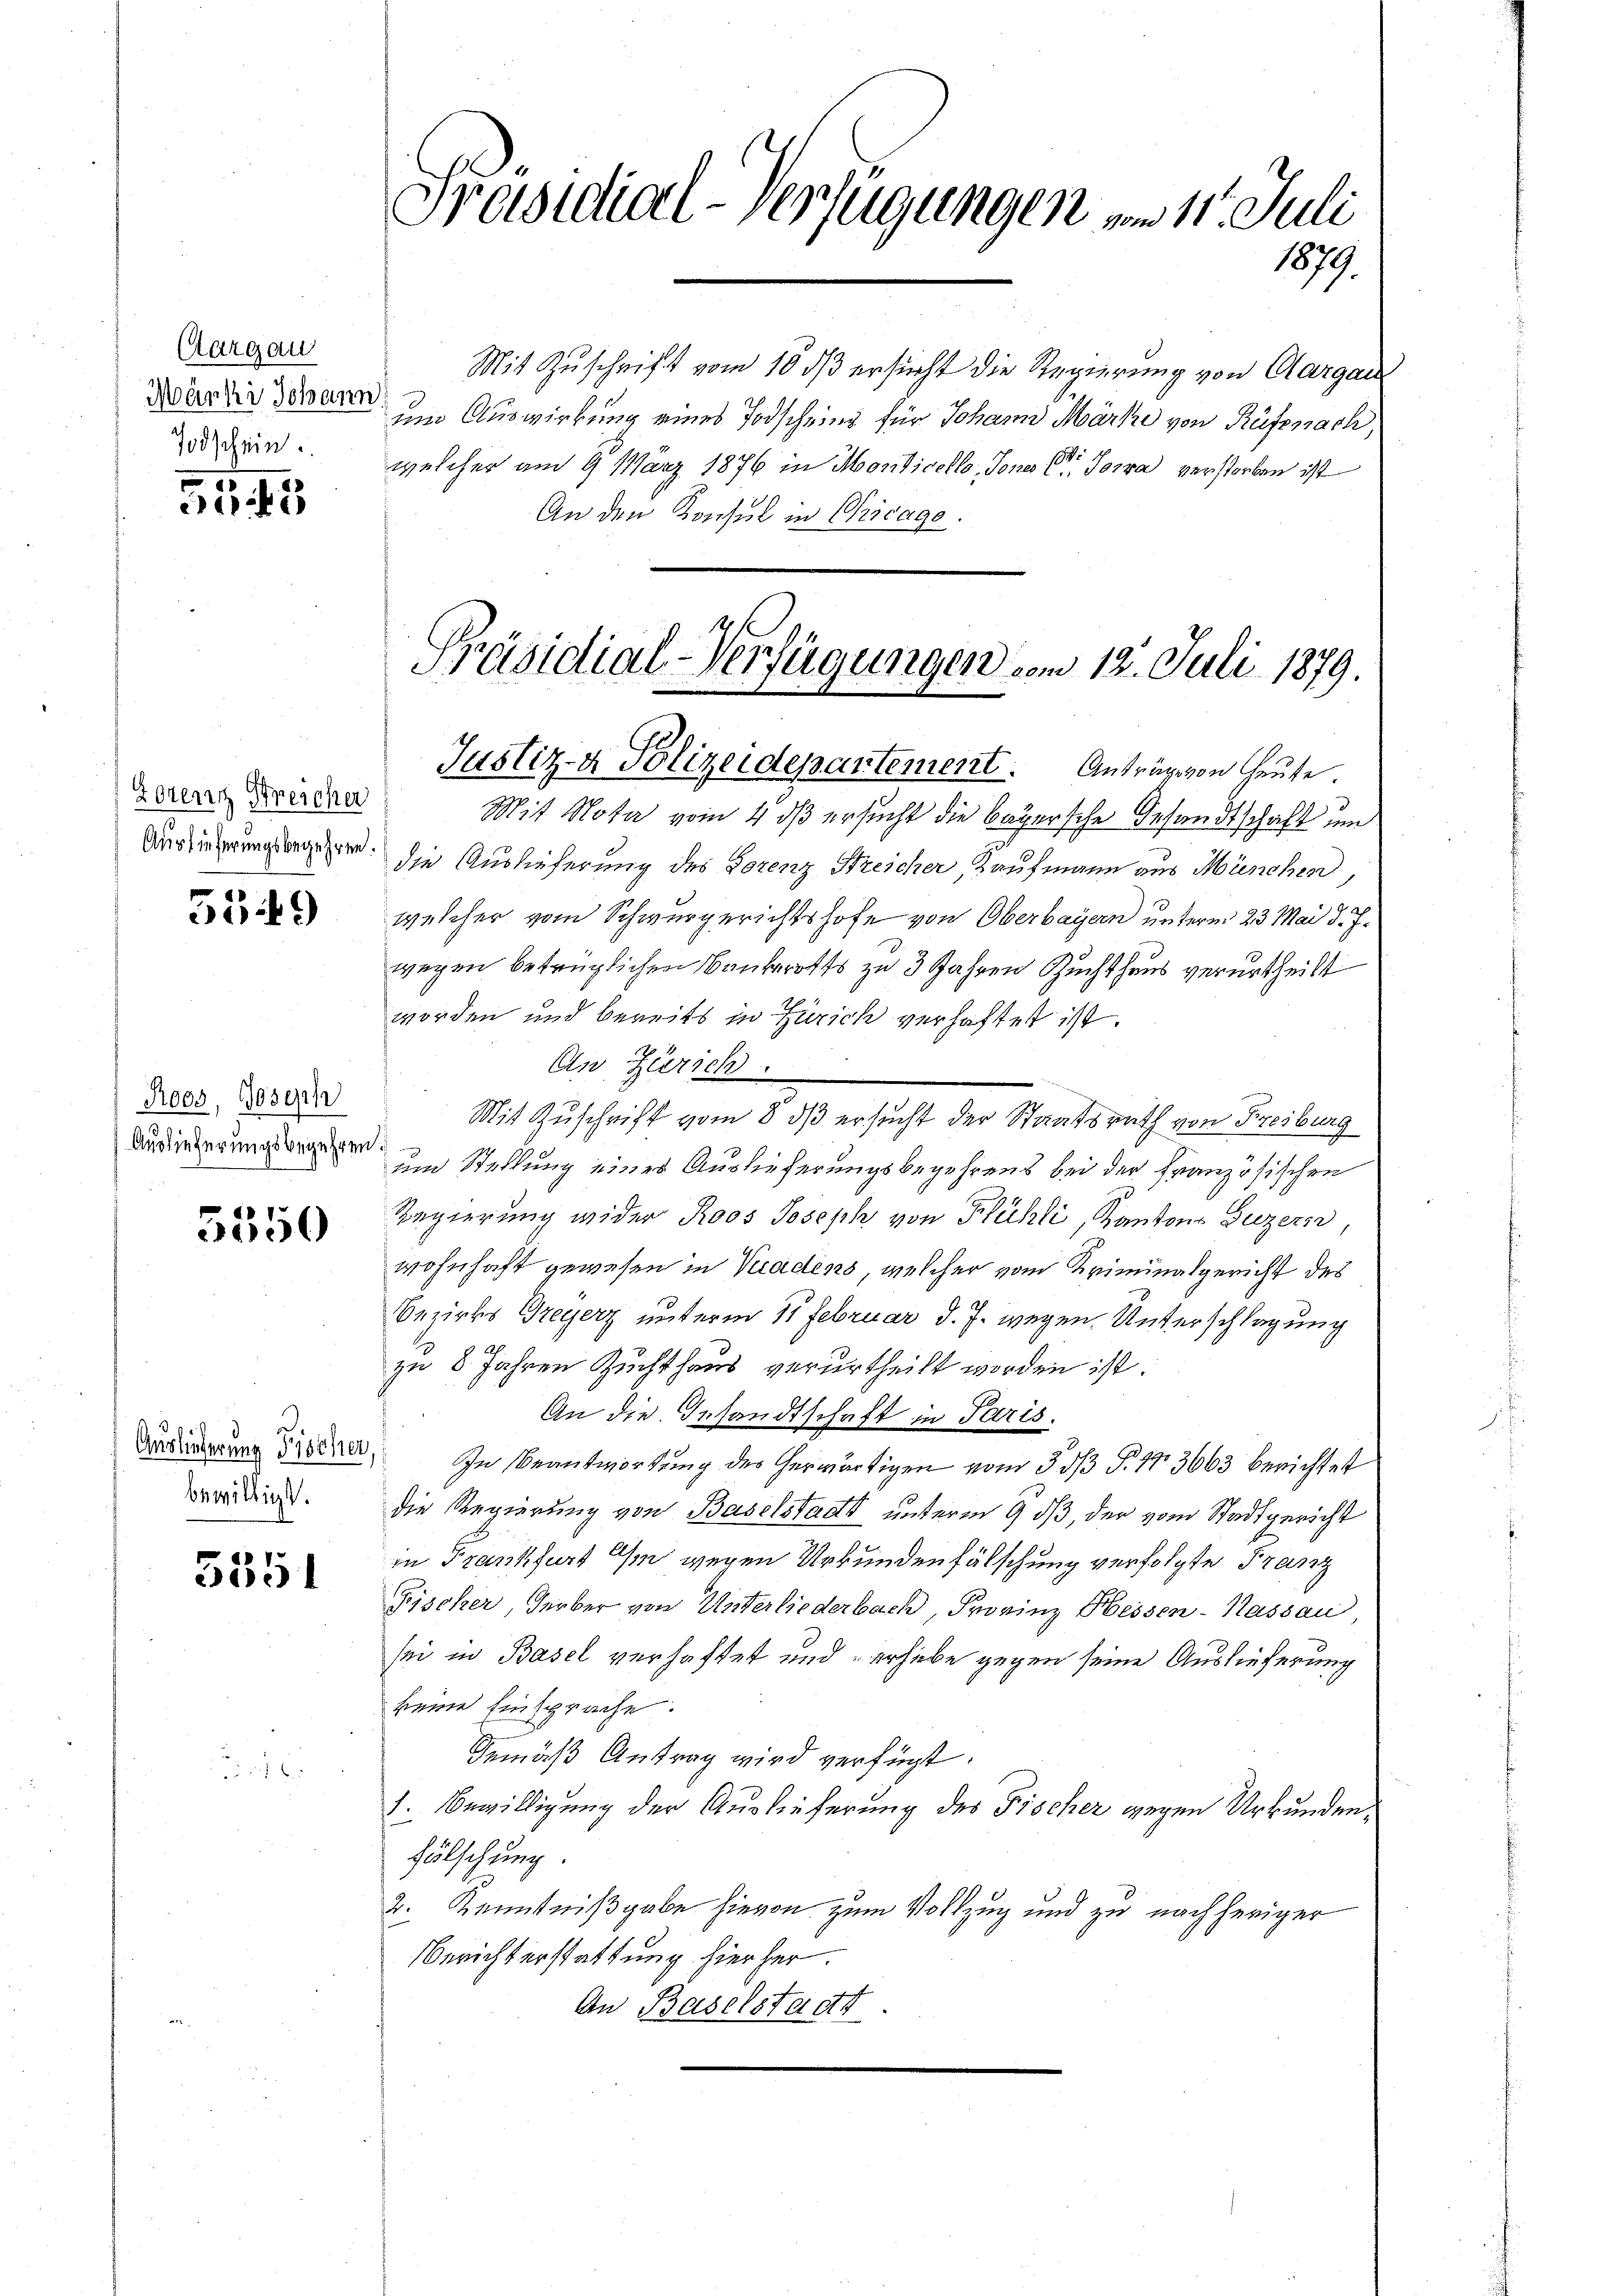
Aargau
Märki Johann
Todschein.

515 f 2

Lorenz Streicher
Auslieferungsbegehren.

5549

Roos, Joseph
Auslieferungsbegehren.

d
2000

Auslieferung Fischer
bewilligt.

5351

Präsidial-Verfügungen vom 11. Juli
1879.

Mit Zuschrift vom 10 dß ersucht die Regierung von Aargau
um Auswirkung eines Todscheing für Johann Marke von Rüfenach
welcher am 9. März 1876 in Montivello, Tones Dr. Sowa verstorben ist
An den Konsul in Chicage.
Mit Nota vom 4 dß ersucht die bayersche Gesandtschaft um
die Auslieferung des Forenz Streicher, Kaufmann aus München,
welcher vom Schwurgerichtshofe von Oberbayern unterm 23. Mai d. J.
wegen betrüglichen Bankerotts zu 3 Jahren Zuchthaus verurtheilt
worden und bereits in Zürich verhaftet ist.
An Zürich.
Mit Zuschrift vom 8. dß ersucht der Staatsrath von Freiburg
um Stellung eines Auslieferungsbegehrens bei der Französischen
Regierung wider Roos Joseph von Flühli, Kantons Luzern
wohnhaft gewesen in Viadens, welcher vom Kriminalgericht des
Bezirks Greyerz unterm 11 Februar d. J. wegen Unterschlagung
zu 8 Jahren Zuchthaus verurtheilt worden ist.
An die Gesandtschaft in Paris.
In Beantwortung des herwärtigen vom 3. ds P. Nr. 3663 berichtet
die Regierung von Baselstadt unterm 9 dß, der vom Stadtgericht
in Frankfurt Ihm wegen Urkundenfälschung verfolgte Franz
Fischer, Herber von Unterliederbach, Frovinz Hessen-Kassau,
sei in Basel verhaftet und erhiebe gegen seine Auslieferung
keine Einsprache.
Gemäß Antrag wird verfügt:
1. Bewilligung der Auslieferung des Fischer gegen Urkunden¬
Fälschung.
2. Kenntnißgabe hievon zum Vollzug und zu nachheriger
Berichterstattung hierher.
An Baselstadt

Präsidial-Verfügungen vom 12. Juli 1879.
Justiz- & Polizeidepartement. Anträge von heute